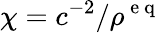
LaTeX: \chi=c^{-2}/\rho^{\mathrm{~e~q~}}